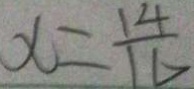
x = \frac { 1 4 } { 1 6 }